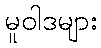
မူဝါဒများ